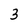
Character: 3